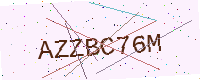
Text: AZZBC76M